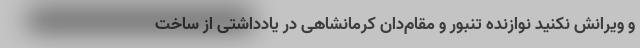
و ویرانش نکنید نوازنده تنبور و مقام‌دان کرمانشاهی در یادداشتی از ساخت